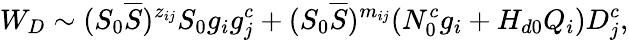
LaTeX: W_{D}\sim(S_{0}\overline{{{S}}})^{z_{ij}}S_{0}g_{i}g_{j}^{c}+(S_{0}\overline{{{S}}})^{m_{ij}}(N_{0}^{c}g_{i}+H_{d0}Q_{i})D_{j}^{c},